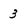
Character: 3